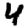
Digit: 4